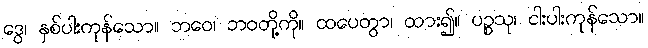
ဒွေ၊ နှစ်ပါးကုန်သော။ ဘဝေ၊ ဘဝတို့ကို။ ထပေတွာ၊ ထား၍။ ပဉ္စသု၊ ငါးပါးကုန်သော။